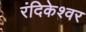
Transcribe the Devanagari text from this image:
रंदिकेश्वर